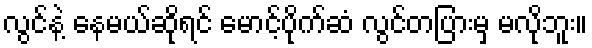
လွင်နဲ့ နေမယ်ဆိုရင် မောင့်ပိုက်ဆံ လွင်တပြားမှ မလိုဘူး။